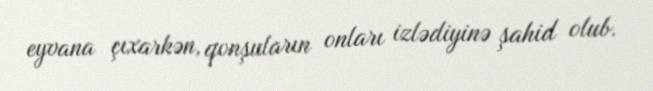
eyvana çıxarkən, qonşuların onları izlədiyinə şahid olub.